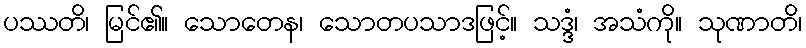
ပဿတိ၊ မြင်၏။ သောတေန၊ သောတပသာဒဖြင့်။ သဒ္ဒံ၊ အသံကို။ သုဏာတိ၊